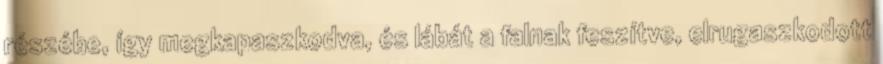
részébe, így megkapaszkodva, és lábát a falnak feszítve, elrugaszkodott